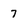
Character: 7